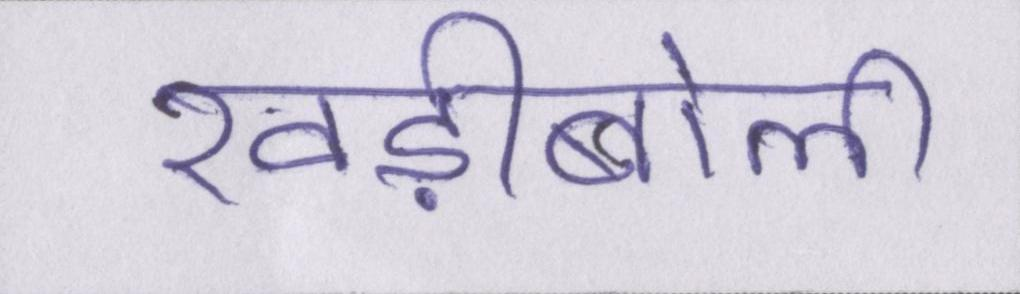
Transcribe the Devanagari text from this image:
खड़ीबोली